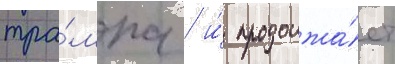
тра́мпа / и́ продолжа́ет